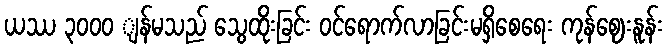
ယဿ ၃၀၀ဝ ျန်မသည် သွေထိုးခြင်း ဝင်ရောက်လာခြင်းမရှိစေရေး ကုန်ဈေးနူန်း